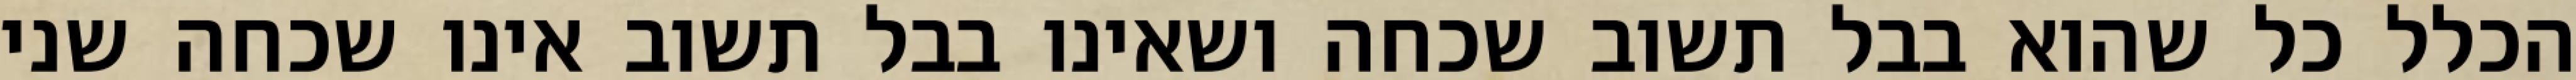
הכלל כל שהוא בבל תשוב שכחה ושאינו בבל תשוב אינו שכחה שני